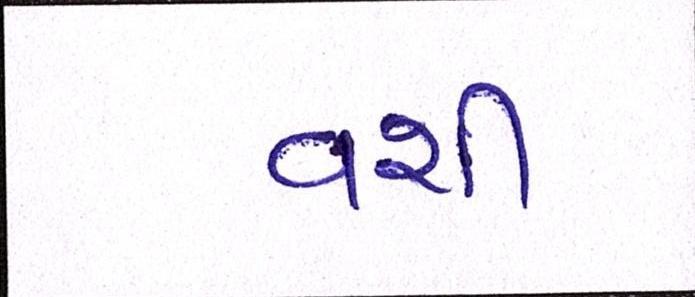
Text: વશી